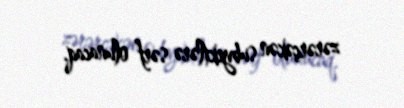
zərərçəkən subyektlərə sərf olunacaq.